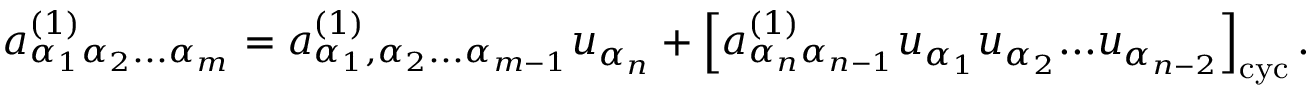
{ a } _ { \alpha _ { 1 } \alpha _ { 2 } . . . \alpha _ { m } } ^ { ( 1 ) } = { a } _ { \alpha _ { 1 } , \alpha _ { 2 } . . . \alpha _ { m - 1 } } ^ { ( 1 ) } u _ { \alpha _ { n } } + \left[ { a } _ { \alpha _ { n } \alpha _ { n - 1 } } ^ { ( 1 ) } u _ { \alpha _ { 1 } } u _ { \alpha _ { 2 } } . . . u _ { \alpha _ { n - 2 } } \right] _ { \mathrm { c y c } } .